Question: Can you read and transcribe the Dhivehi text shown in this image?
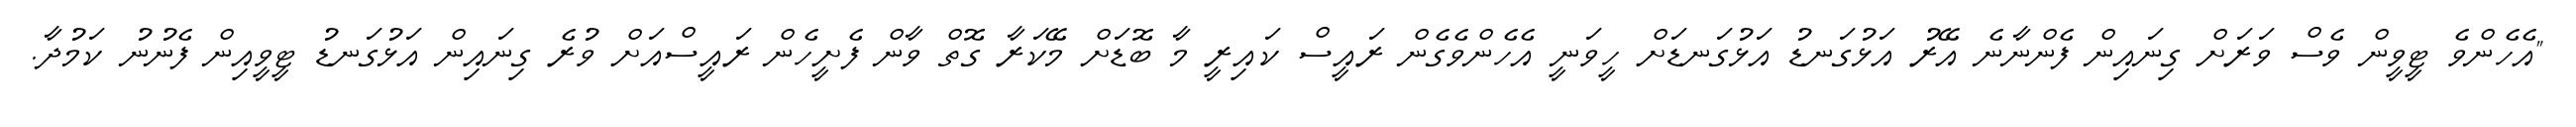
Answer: "އެހެންވެ ޓީވީން ވެސް ވަރަށް ގިނައިން ފެންނާނެ އޭރު އަޅުގަނޑު އަޅުގަނޑަށް ހީވަނީ އެހެންވެގެން ރައީސް ކައިރީ މާ ބޮޑަށް މޭކަރާ ގޮތް ވާން ފެށީހެން ރައީސްއަށް ވުރެ ގިނައިން އަޅުގަނޑު ޓީވީއިން ފެނުނު ކަމުދާ.